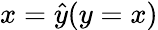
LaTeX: x={\hat{y}}(y=x)